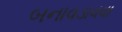
બનાવડાવવા